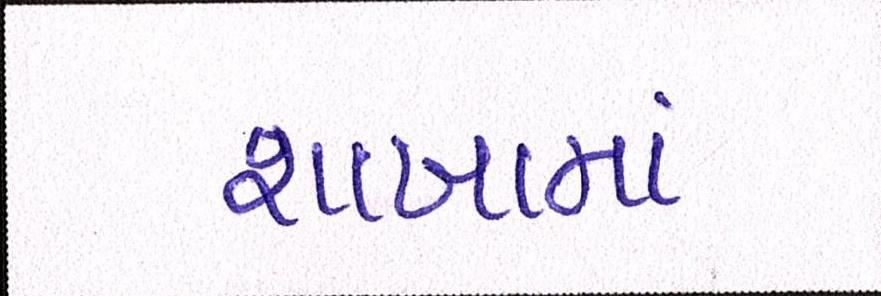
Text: શાખામાં